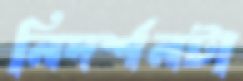
নিদর্শনটা